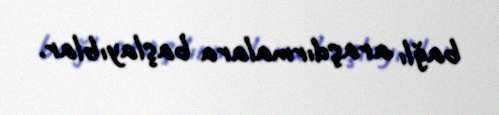
bağlı araşdırmalara başlayıblar.